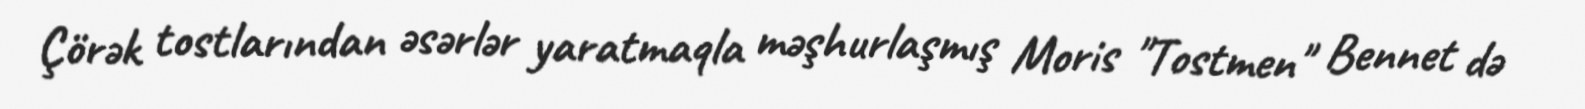
Çörək tostlarından əsərlər yaratmaqla məşhurlaşmış Moris "Tostmen" Bennet də